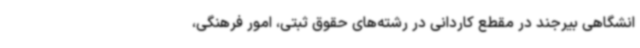
انشگاهی بیرجند در مقطع کاردانی در رشته‌های حقوق ثبتی، امور فرهنگی،